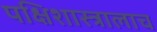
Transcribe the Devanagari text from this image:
पक्षिशास्त्रालाच